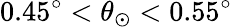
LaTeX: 0.45^{\circ}<\theta_{\odot}<0.55^{\circ}